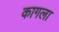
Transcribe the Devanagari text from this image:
कागला